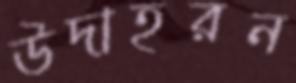
উদাহরন